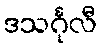
ဒသင်္ဂုလီ